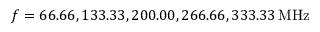
f = 6 6 . 6 6 , 1 3 3 . 3 3 , 2 0 0 . 0 0 , 2 6 6 . 6 6 , 3 3 3 . 3 3 \, \mathrm { M H z }